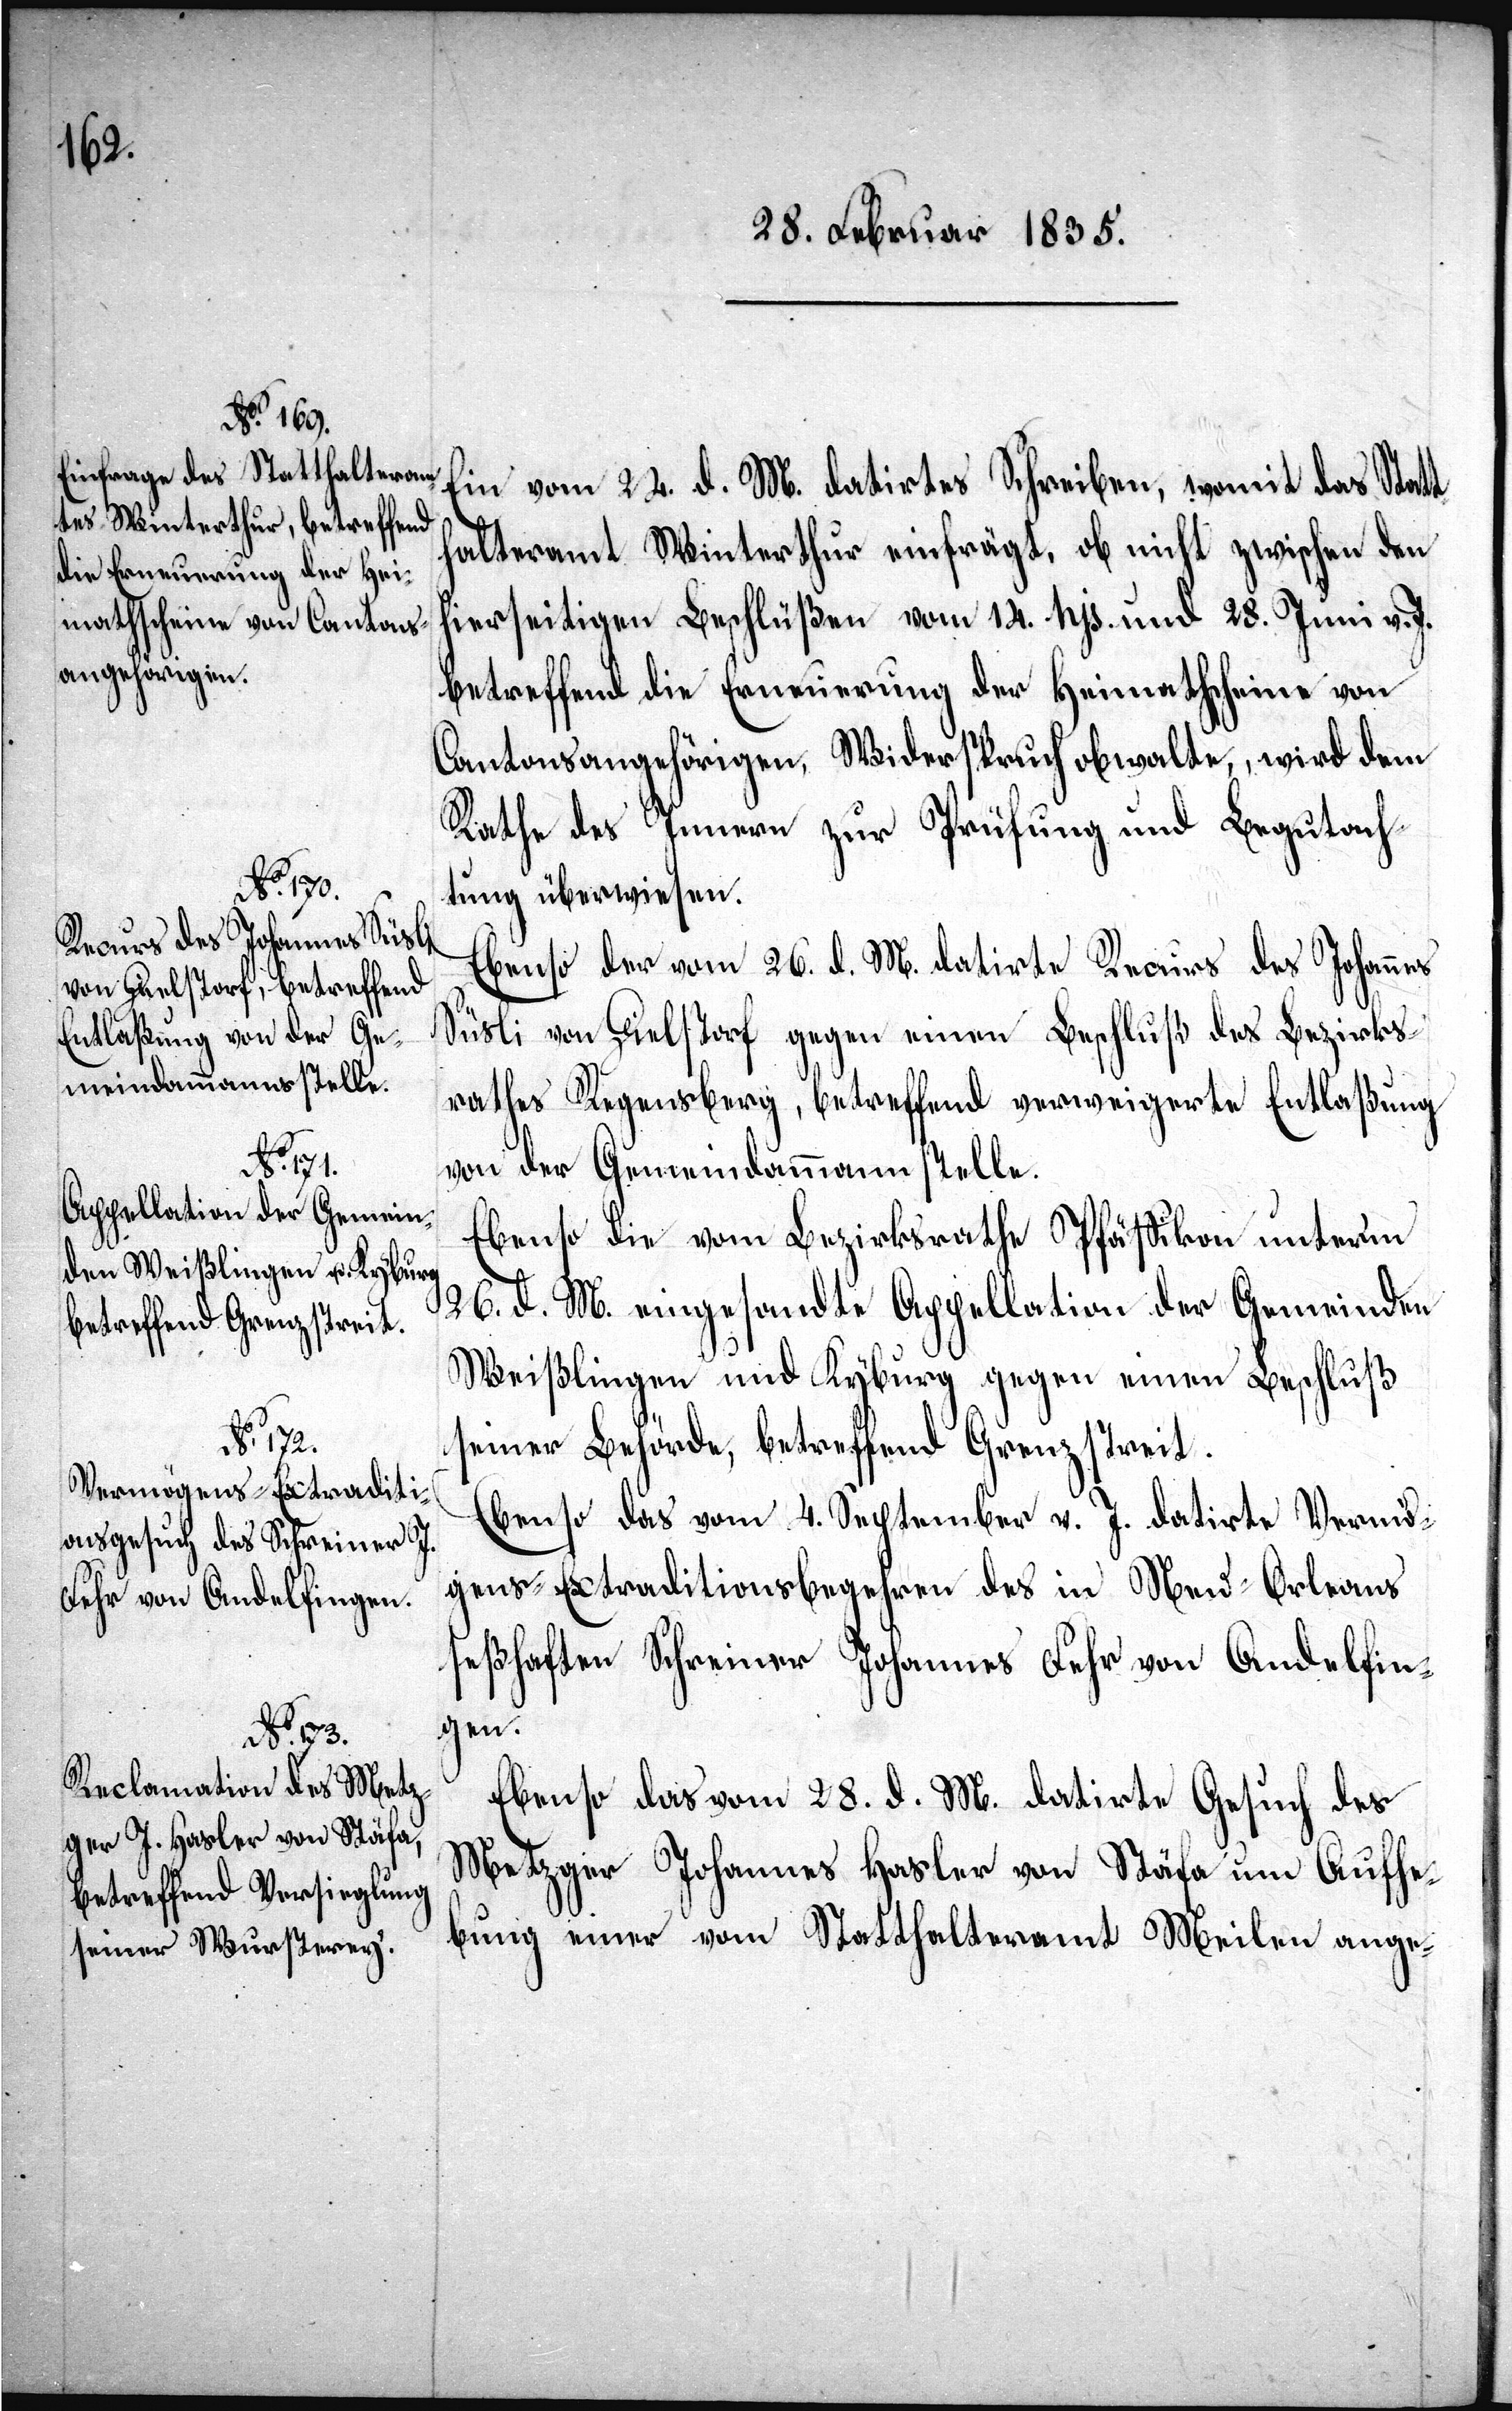
Ein vom 24. d. M. datirtes Schreiben, womit das Statt¬
halteramt Winterthur einfrägt, ob nicht zwischen den
hierseitigen Beschlüßen vom 14. hjs. und 18. Juni v. J.
betreffend die Erneuerung der Heimathscheine von
Cantonsangehörigen, Widerspruch obwalte, wird dem
Rathe des Innern zur Prüfung und Begutach¬
tung überwiesen.
Ebenso der vom 26. d. M. datirte Recurs des Johannes
Süsli von Dielstorf gegen einen Beschluß des Bezirks¬
rathes Regensberg betreffend verweigerter Entlaßung
von der Gemeindammannstelle.
Ebenso die vom Bezirksrathe Pfäffikon unterm
26. d. M. eingesandte Appellation der Gemeinden
Weißlingen und Kyburg gegen einen Beschluß
seiner Behörde, betreffend Grenzstreit.
Ebenso das vom 4. September v. J. datirte Vermö¬
gens-Extraditionsbegehren des in Neu-Orleans
seßhaften Schreiner Johannes Fehr von Andelfin¬
gen.
Ebenso das vom 28. d. M. datirte Gesuch des
Metzger Johannes Hasler von Stäfa um Aufhe¬
bung einer vom Statthalteramt Meilen ange-